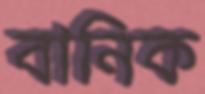
বানিক